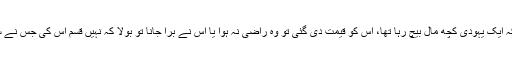
1612: سیدنا ابو ہریرہؓ کہتے ہیں کہ ایک یہودی کچھ مال بیچ رہا تھا، اس کو قیمت دی گئی تو وہ راضی نہ ہوا یا اُس نے بُرا جانا تو بولا کہ نہیں قسم اس کی جس نے سیدنا موسیٰؑ کو آدمیوں میں سے چنا۔